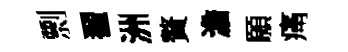
剽翟洲贅澹願痛